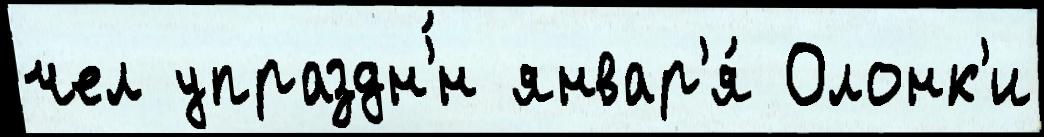
чел упраздн'́н январ'я́ Олонк'и